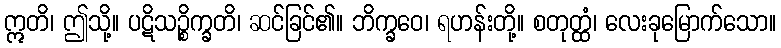
ဣတိ၊ ဤသို့။ ပဋိသဉ္စိက္ခတိ၊ ဆင်ခြင်၏။ ဘိက္ခဝေ၊ ရဟန်းတို့။ စတုတ္ထံ၊ လေးခုမြောက်သော။